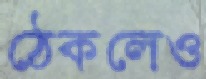
ঠেকলেও